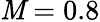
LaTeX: \mathit{M}=0.8